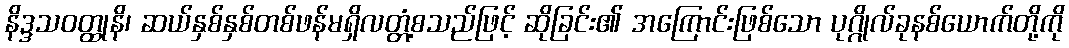
နိဒ္ဒသဝတ္ထုနိ၊ ဆယ်နှစ်နှစ်တစ်ဖန်မရှိလတ္တံ့စသည်ဖြင့် ဆိုခြင်း၏ အကြောင်းဖြစ်သော ပုဂ္ဂိုလ်ခုနစ်ယောက်တို့ကို